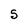
Character: S